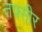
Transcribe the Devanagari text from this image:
तफ्सीर